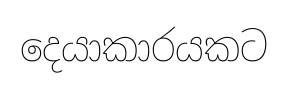
දෙයාකාරයකට